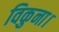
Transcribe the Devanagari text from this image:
विकुना।